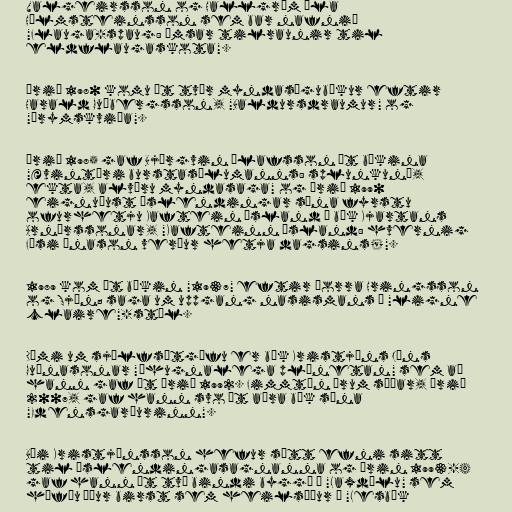
Valgeirsson og Hallgrím Óla
Hólmsteinsson sem bar nafnið
"Flauga-spaug: ýmsar tilraunir til
eldflaugaskota".

Árið 1980 komu út tvær myndasögubækur eftir
Harald Guðbergsson, "Baldursdraumur" og
"Þrymskviða".

Árið 1985 gaf Björgvin Ólafsson út bókina
"Ævintýri burstasölumanns: splunkuný,
ekta, alvöru myndasaga" og árið 1990
eignuðust Íslendingar sína fyrstu
ofurhetju Kaftein Ísland í bók Kjartans
Arnórssonar, "Kafteinn Ísland: hvernig
Fúsi Ánason verður hetja dagsins!".

1989 kom út bókin "1937" eftir Þorra Hringsson
og Sjón; saga um uppgang nasismans í "ligne
claire"-stíl.

Dæmi um sjálfsútgáfu er bók Kristjáns Jóns
Guðnasonar "Óhugnalega plánetan" sem að
hann gaf út árið 1992. Fimmtán árum síðar, árið
2007, gaf hann svo út aðra bók sína
"Edensgarðurinn".

Búi Kristjánsson hefur sótt efni sitt
til Íslendingasagnanna og árin 1993-4
gaf hann út tvö bindi byggð á "Laxdælu" sem
höfðu áður birst sem heilsíður í "Lesbók